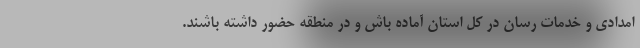
امدادی و خدمات رسان در کل استان آماده باش و در منطقه حضور داشته باشند.